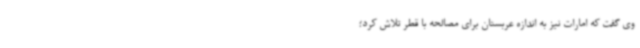
وی گفت که امارات نیز به اندازه عربستان برای مصالحه با قطر تلاش کرد؛